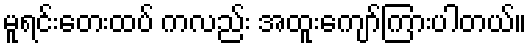
မူရင်းတေးထပ် ကလည်း အထူးကျော်ကြားပါတယ်။